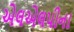
એલએલપીના